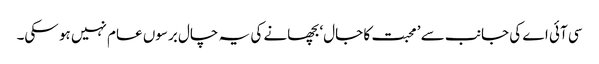
سی آئی اے کی جانب سے ’ محبت کا جال‘ بچھانے کی یہ چال برسوں عام نہیں ہو سکی۔